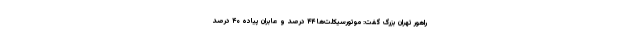
راهور تهران بزرگ گفت: موتورسیکلت‌ها ۴۴ درصد و عابران پیاده ۴۰ درصد